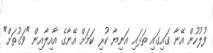
ފުލުހުން އޭނާ ގައިގައި ތަޅައި އަނިޔާ ކުރި ކަމަށް އޭނާގެ އާއިލާއިން "ވަގުތަށް"